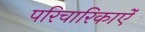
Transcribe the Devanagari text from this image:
परिचारिकाऐं